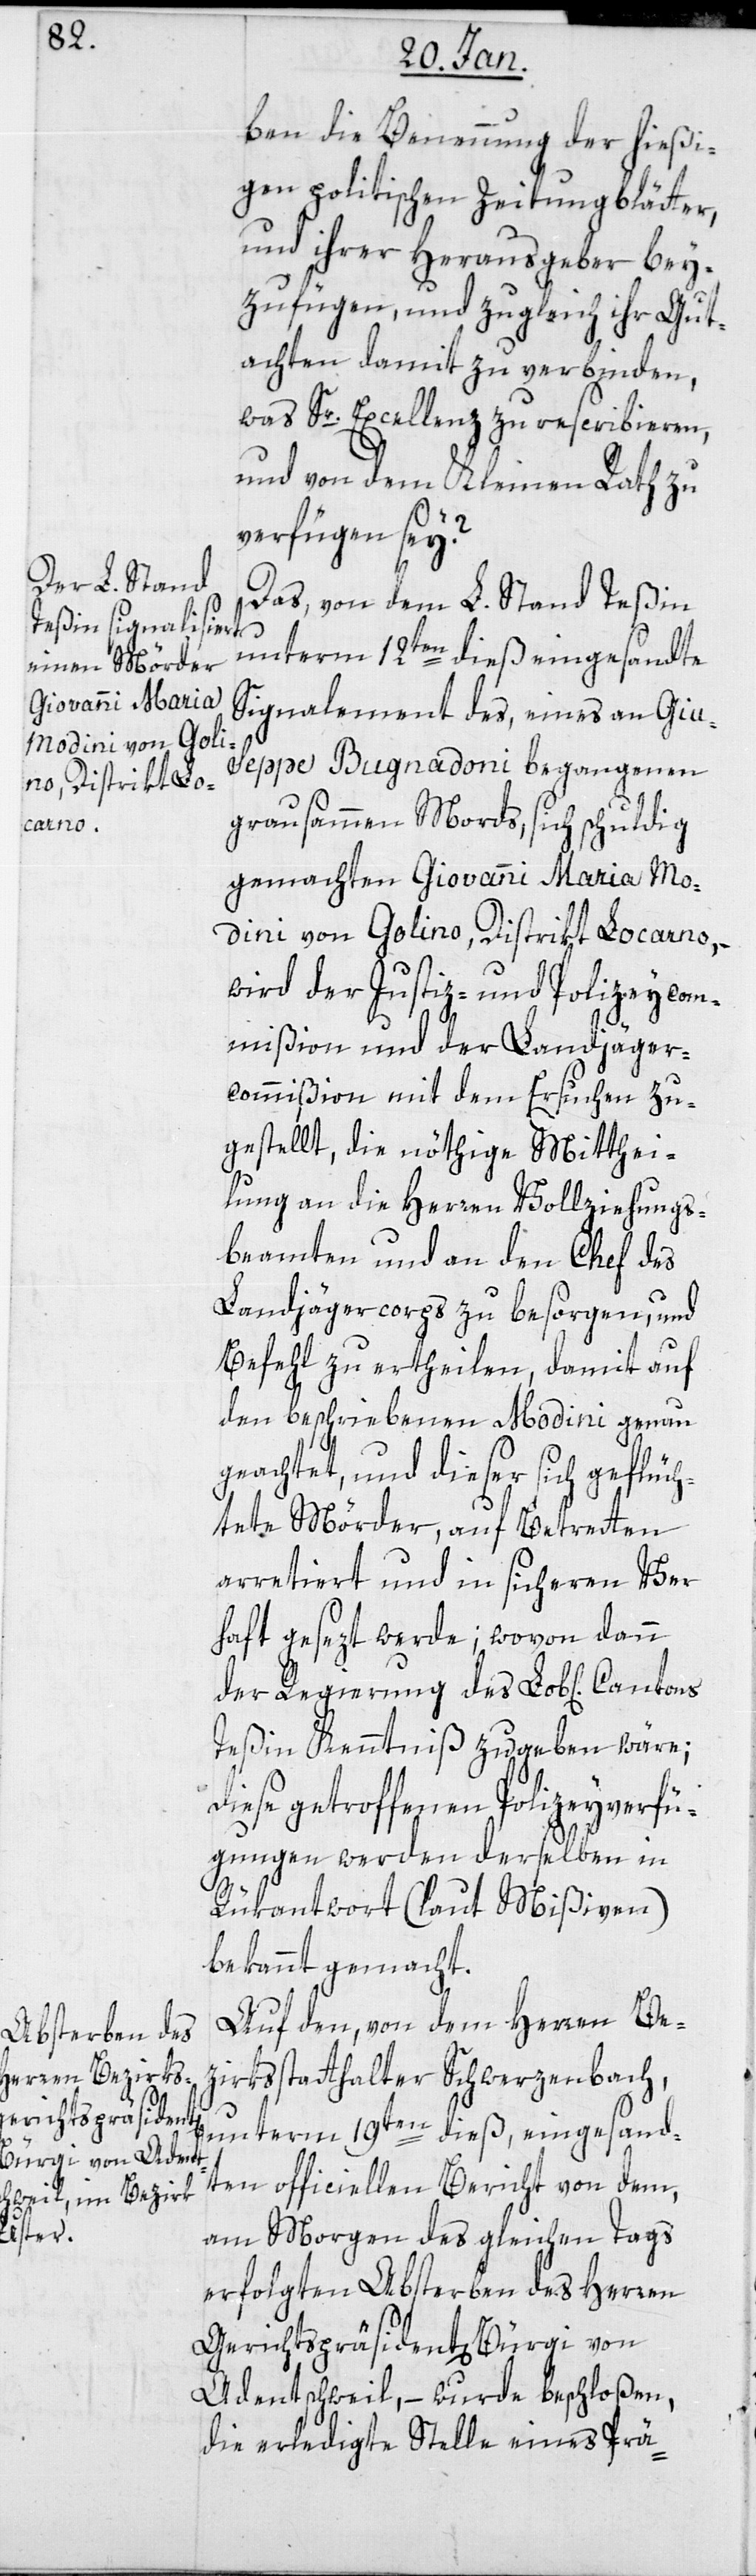
ben die Benennung der hießi¬
gen politischen Zeitungsblätter,
und ihrer Herausgeber bey¬
zufügen, und zugleich ihr Gut¬
achten damit zu verbinden,
was Sr. Excellenz zu rescribieren,
und von dem Kleinen Rath zu
verfügen sei?
Das von dem L. Stand Teßin
unterm 12ten dieß eingesandte
Signalement des, eines an Giu¬
seppe Bugnadoni begangenen
grausammen Mords, sich schuldig
gemachten Giovanni Maria Mo¬
dini von Golino, Distrikt Locarno,
wird der Justiz- und Polizeycom¬
mißion und der Landjäger¬
commißion mit dem Ersuchen zu¬
gestellt, die nöthige Mitthei¬
lung an die Herren Vollziehungs¬
beamten und an den Chef des
Landjägercorps zu besorgen, und
Befehl zu ertheilen, damit auf
den beschriebenen Modini genau
geachtet, und dieser sich geflüch¬
tete Mörder, auf Betreten
arretiert und in sichern Ver¬
haft gesetzt werde; wovon dann
der Regierung des L. Cantons
Teßin Kenntniß zu geben wäre;
diese getroffenen Polizeyverfü¬
gungen werden derselben in
Rükantwort (laut Mißiven)
bekannt gemacht.
Auf den von dem Herren Be¬
zirksstatthalter Schwerzenbach,
unterm 19ten dieß, eingesand¬
ten officiellen Bericht von dem,
am Morgen des gleichen Tags
erfolgten Absterben des Herren
Gerichtspräsidenten Bürgi von
Adentschweil, – wurde beschloßen,
die erledigte Stelle eines Prä-